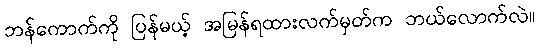
ဘန်ကောက်ကို ပြန်မယ့် အမြန်ရထားလက်မှတ်က ဘယ်လောက်လဲ။